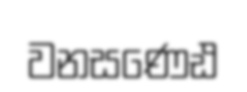
වනසණෙඪ